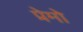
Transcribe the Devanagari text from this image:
प्रेमो